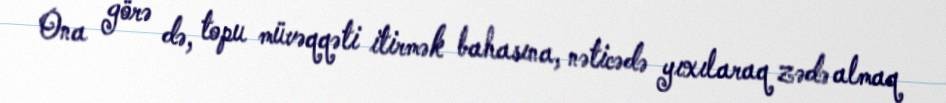
Ona görə də, topu müvəqqəti itirmək bahasına, nəticədə yıxılaraq zədə almaq